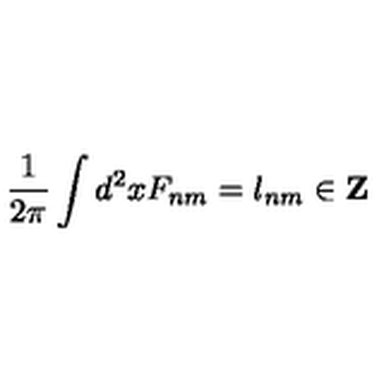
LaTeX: \frac 1 { 2 \pi } \int d ^ { 2 } x F _ { n m } = l _ { n m } \in { \bf Z }